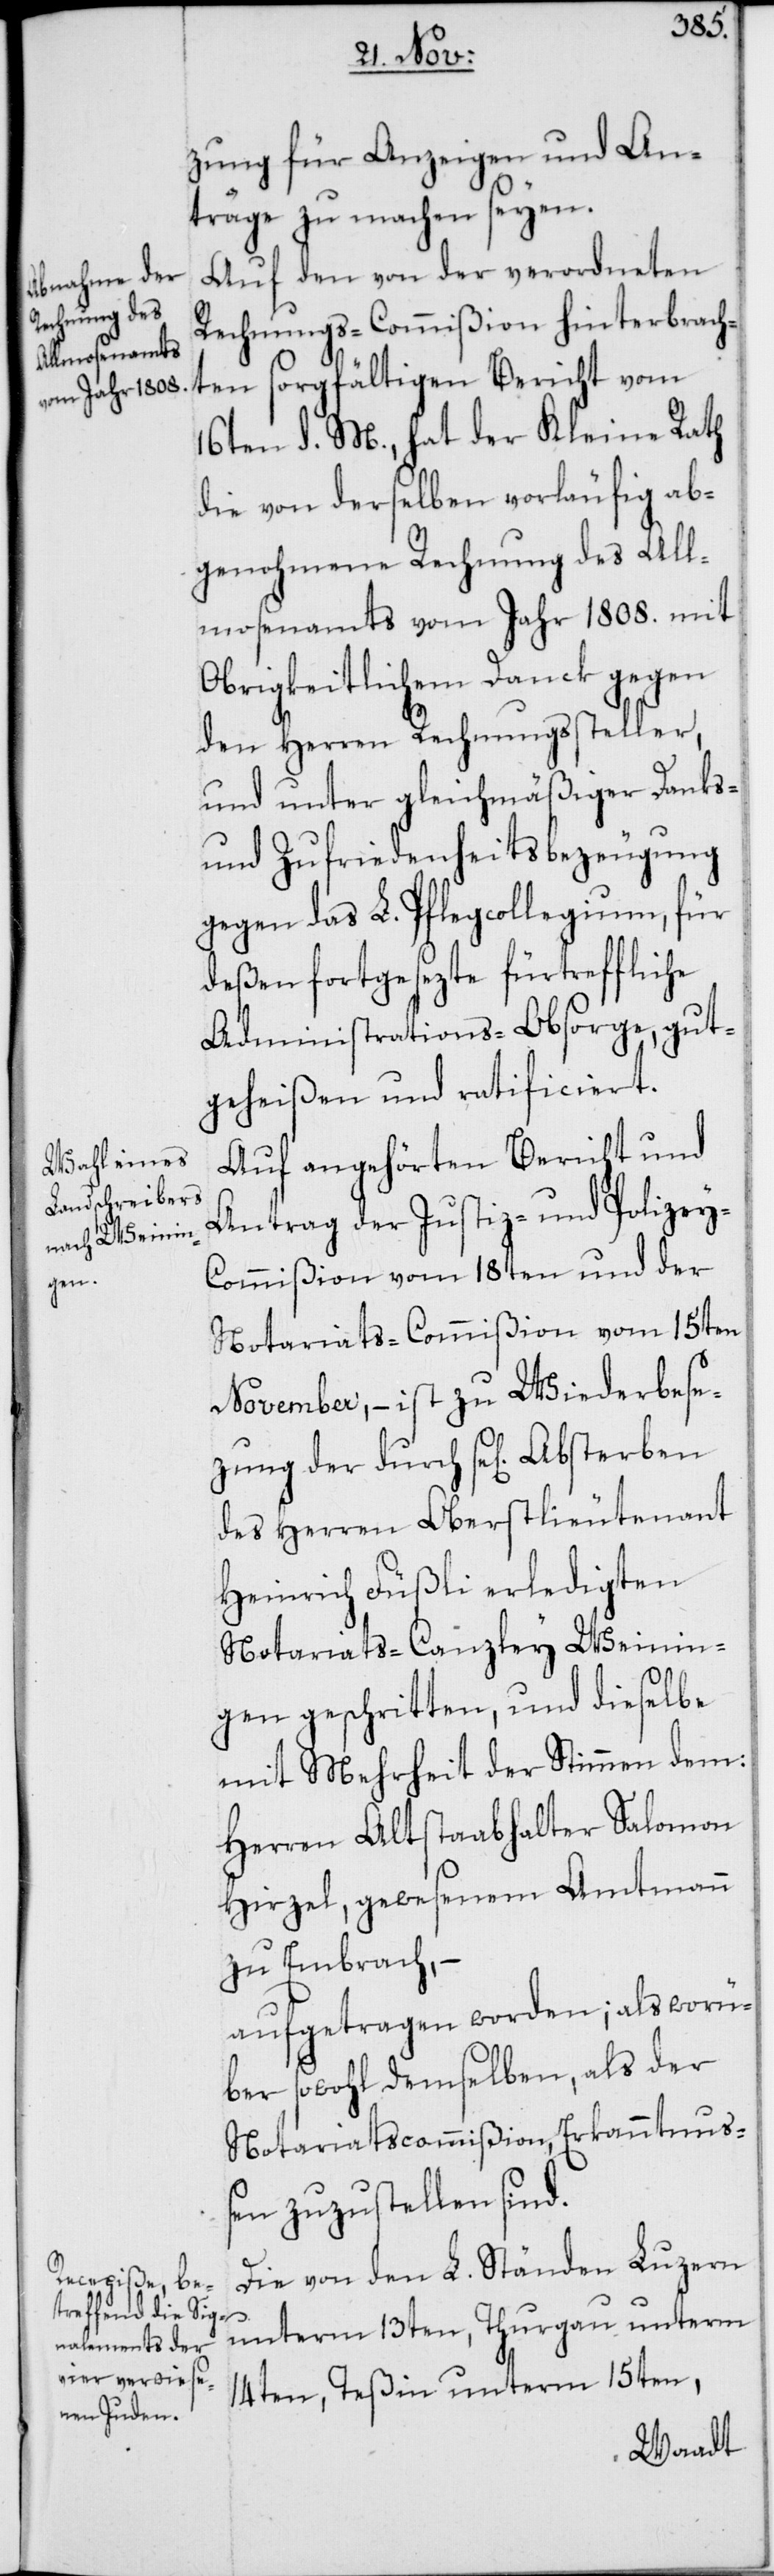
ezung der

zung für Anzeigen und An¬
träge zu machen seyen.
Auf den von der verordneten
Rechnungs-Commißion hinterbrach¬
ten sorgfältigen Bericht vom
16ten d. M., hat der Kleine Rath
die von derselben vorläufig ab¬
genohmene Rechnung des All¬
mosenamts vom Jahr 1808. mit
Obrigkeitlichem Danck [sic!]
den Herren Rechnungssteller,
und unter gleichmäßiger Danks-
und Zufriedenheitsbezeugung
gegen das L. Pflegcollegium, für
deßen fortgesezte fürtreffliche
Administrations-Obsorge, gut¬
geheißen und ratificiert.
Auf angehörten Bericht und
Antrag der Justiz- und Polizey-C¬
ommißion vom 18ten und der
Notariats-Commißion vom 15ten
November, – ist zu Wiederbes¬
des Herren Oberstlieutenant
Heinrich Füßli erledigten
Notariats-Canzley Weinin¬
gen geschritten, und dieselbe
mit Mehrheit der Stimmen dem:
Herren Altstaabhalter Salomon
Hirzel, gewesenem Amtmann
zu Embrach, –
aufgetragen worden; als worü¬
ber sowohl demselben als der
Notariatscommißion, Erkanntnuß¬
en zuzustellen sind.
Die von den L. Ständen Luzern
unterm 13ten, Thurgau unterm
14ten, Teßin unterm 15ten,